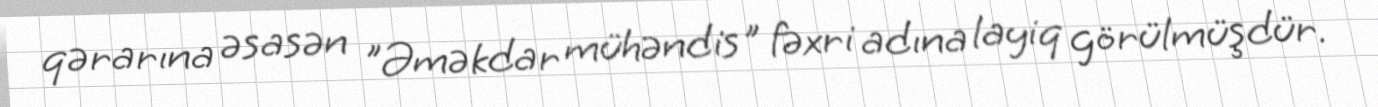
qərarına əsasən "Əməkdar mühəndis" fəxri adına layiq görülmüşdür.